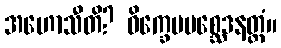
အဟောသီတိ? ဝိက္ခေပပစ္ဆေဒနတ္ထံ။